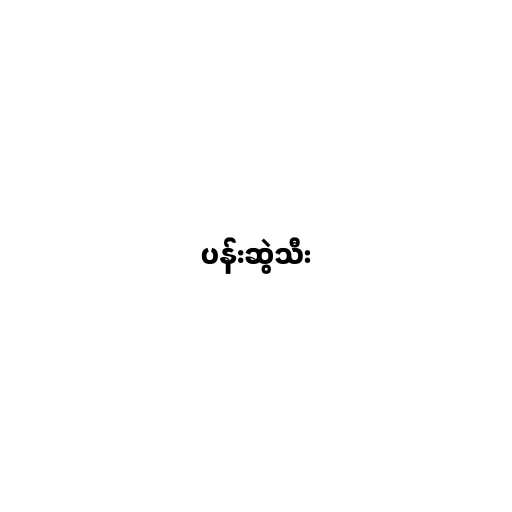
ပန်းဆွဲသီး